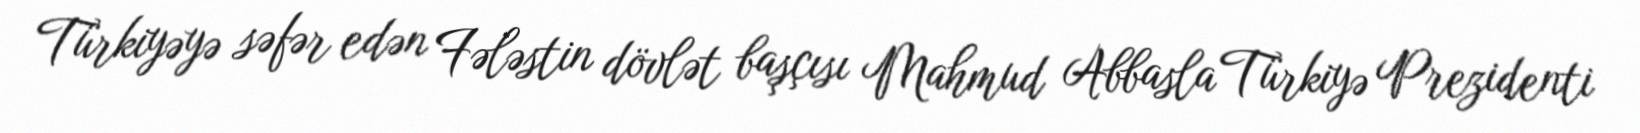
Türkiyəyə səfər edən Fələstin dövlət başçısı Mahmud Abbasla Türkiyə Prezidenti